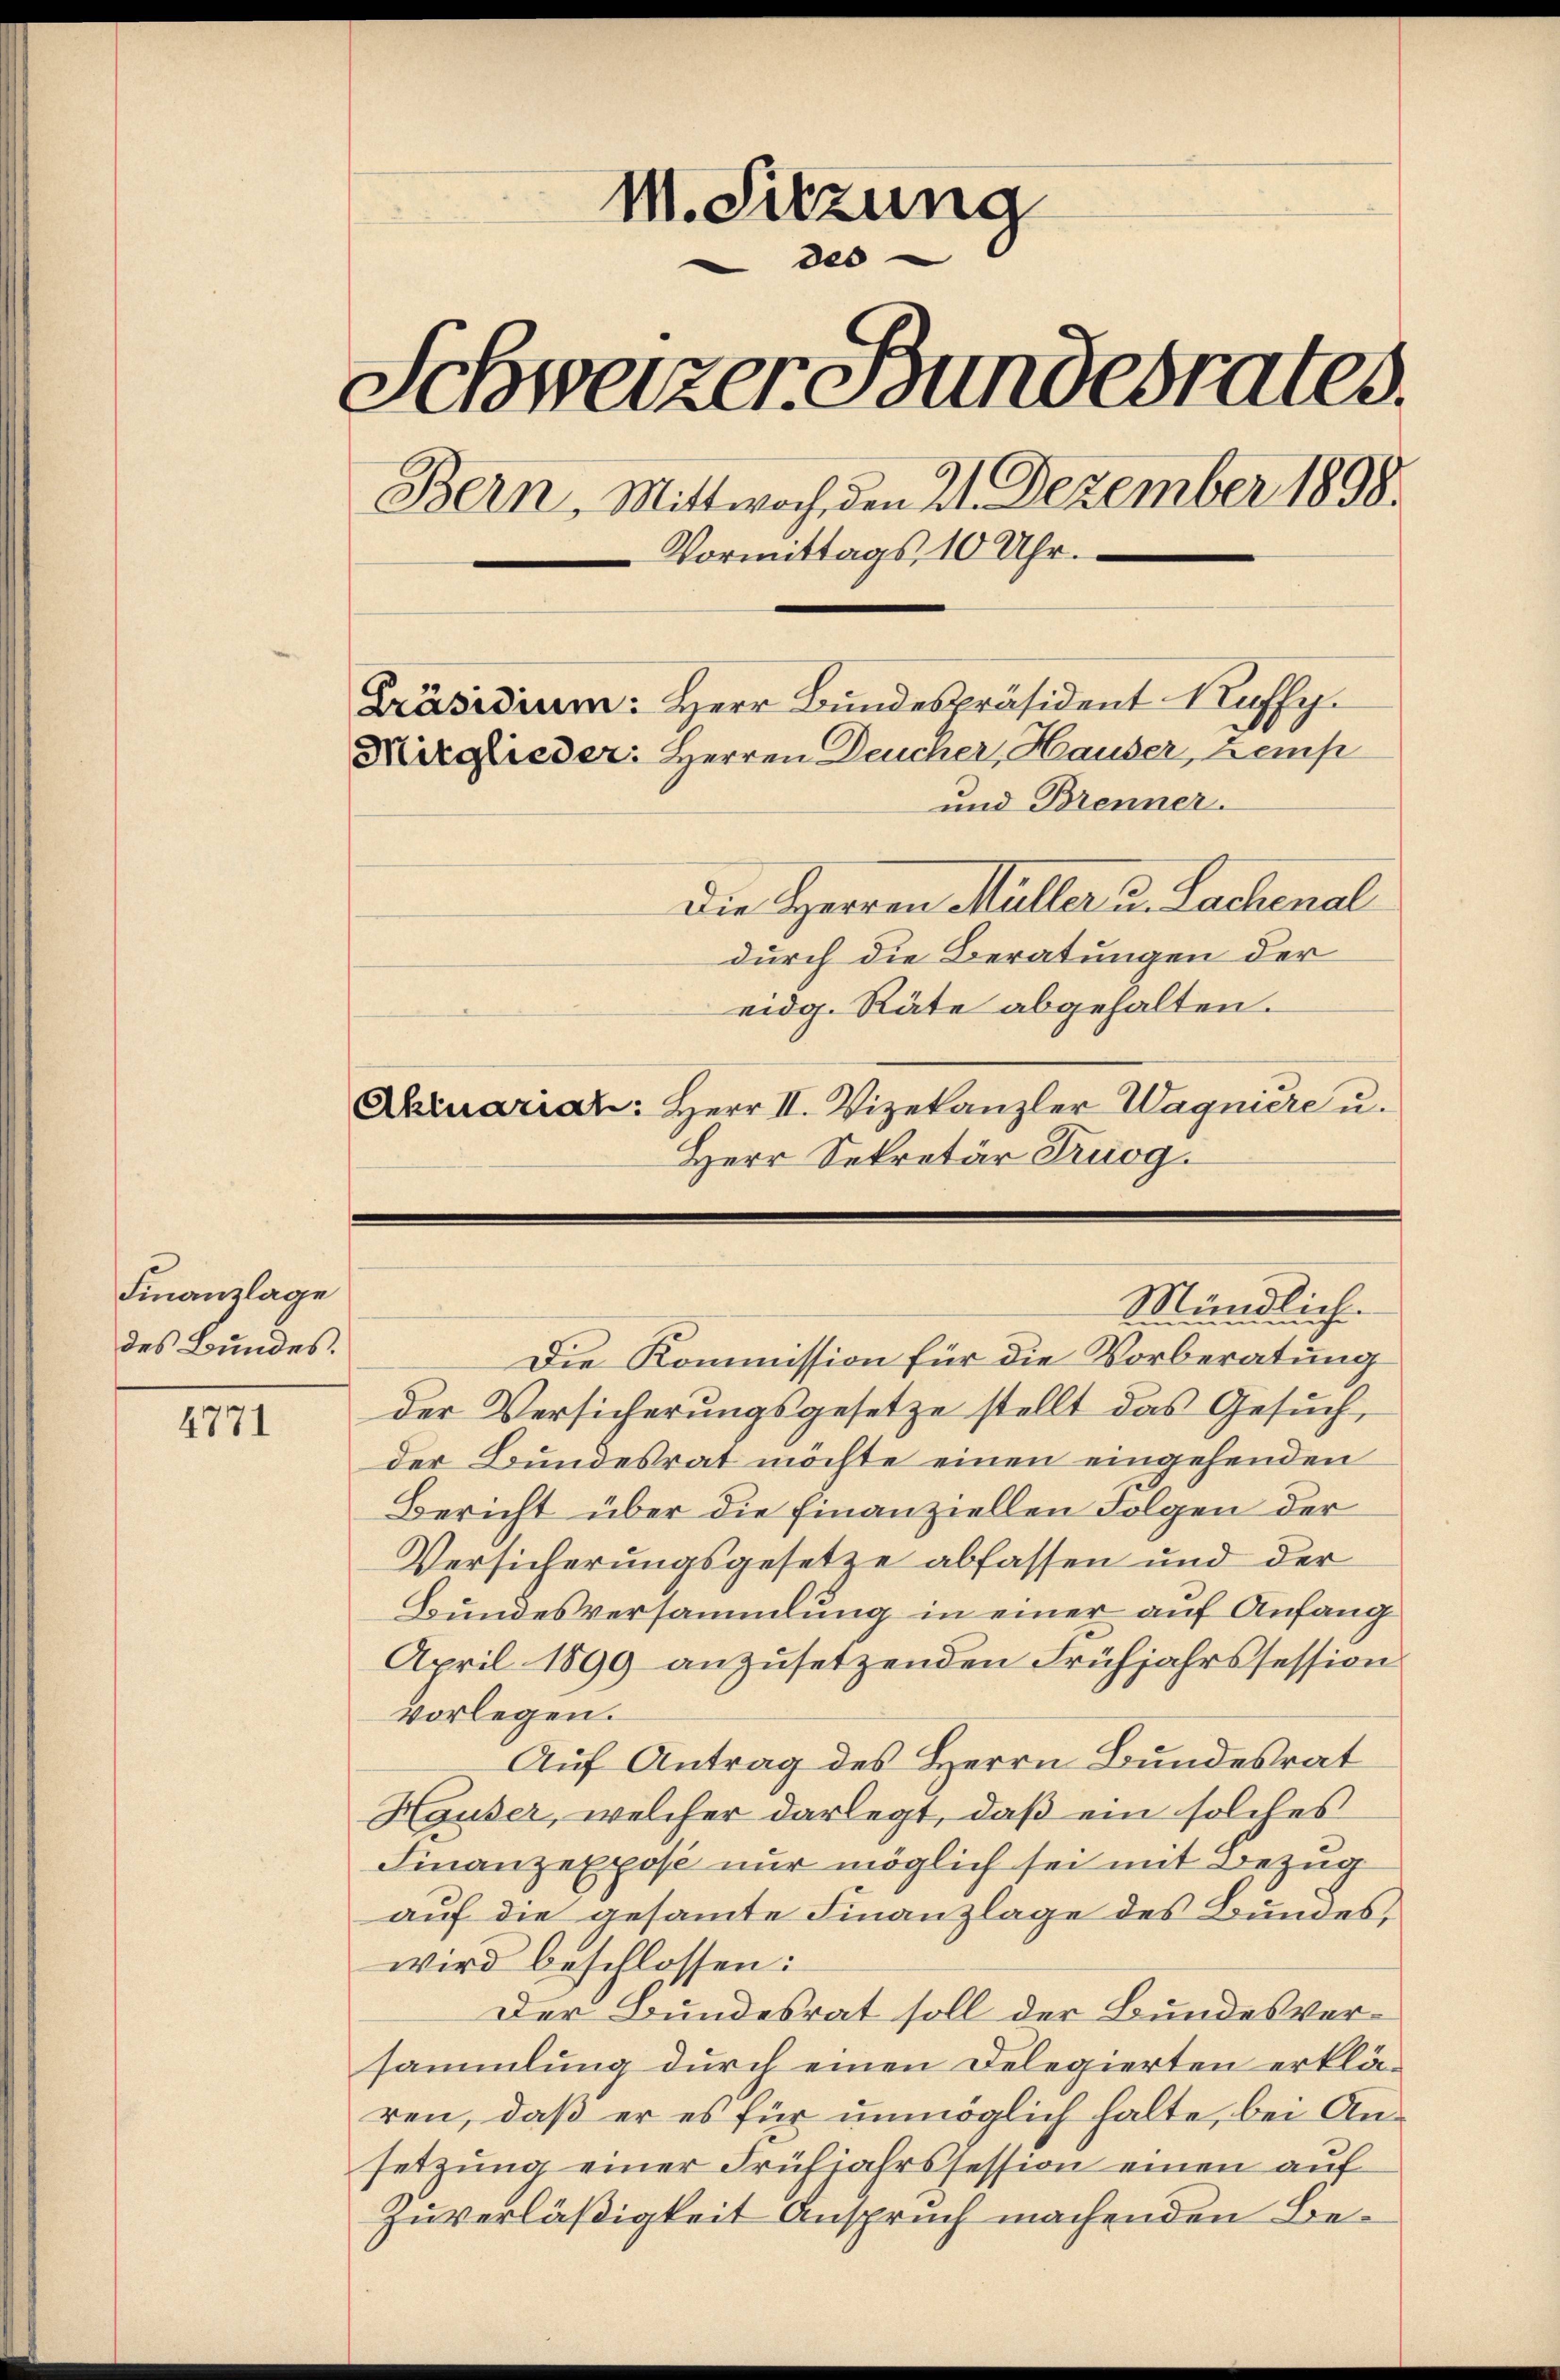
Finanzlage
des Bundes.

4771

M. Sitzung
des
Schweizer Bundesrates.
Bern, Mittwoch, den 21. Dezember 1898.
Vormittags, 10 Uhr.
e
Präsidium: Herr Bundespräsident Kuffy.
Mitglieder: Herren Deucher, Hauser, Kemp
und Brenner.
Die Herren Müller u. Sachenal

durch die Beratungen der
eidg. Räte abgehalten.
Aktuariat: Herr II. Vizekanzler Wagniere u.
Herr Sekretär Truog.

Mündlich.

Die Kommission für die Vorberatung
der Versicherungsgesetze stellt das Gesuch
der Bundesrat möchte einen eingehenden
Bericht über die Finanziellen Folgen der
Versicherungsgesetze abfassen und der
Bundesversammlung in einer auf Anfang
April 1899 anzusetzenden Frühjahrssession
vorlegen.
Auf Antrag des Herrn Bundesrat
Hauser, welcher darlegt, daß ein solches
Finanzexpose nur möglich sei mit Bezug
auf die gesamte Finanzlage des Bundes,
wird beschlossen:
Der Bundesrat soll der Bundesversammlung durch einen Delegierten erklä-
ren, daß er es für unmöglich halte, bei Ansetzŭng einer Frühjahrssession einen auf
Zuverläßigkeit Anspruch machenden Be¬